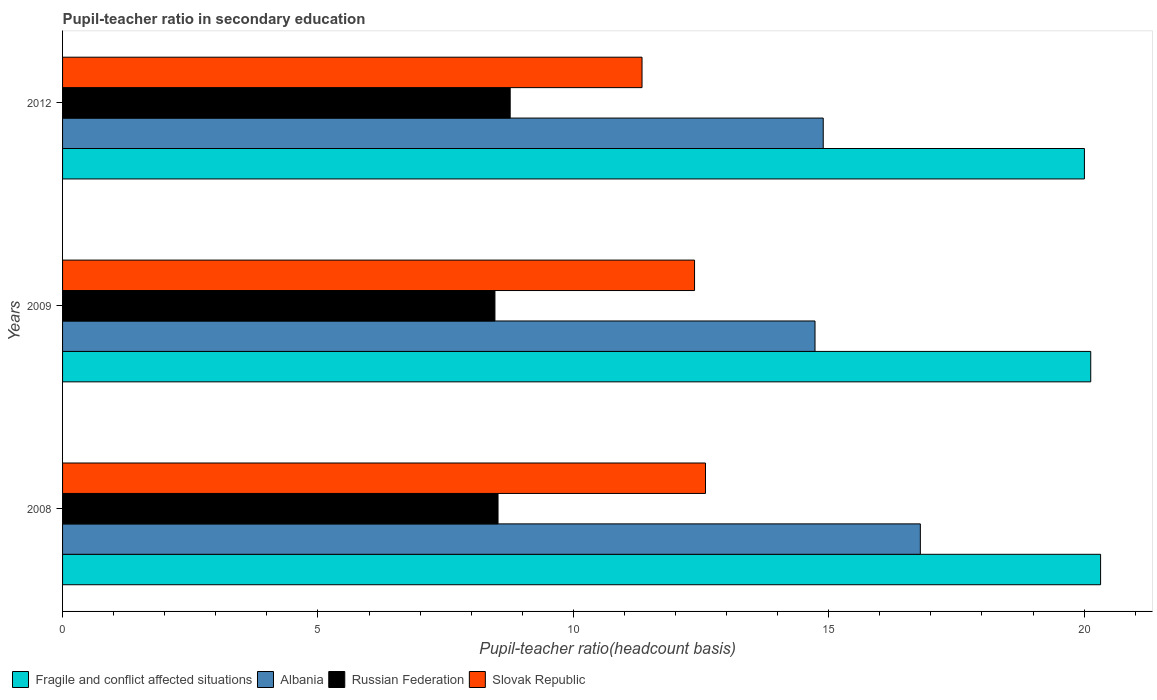
| Years | Fragile and conflict affected situations | Albania | Russian Federation | Slovak Republic |
 | --- | --- | --- | --- | --- |
 | 2008 | 20.3 | 16.8 | 8.53 | 12.6 |
 | 2009 | 20.1 | 14.7 | 8.47 | 12.4 |
 | 2012 | 20 | 14.9 | 8.76 | 11.3 |